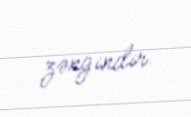
zəngindir.